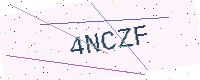
Text: 4NCZF